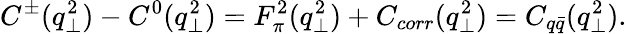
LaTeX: C^{\pm}(q_{\perp}^{2})-C^{0}(q_{\perp}^{2})=F_{\pi}^{2}(q_{\perp}^{2})+C_{corr}(q_{\perp}^{2})=C_{q\bar{q}}(q_{\perp}^{2}).